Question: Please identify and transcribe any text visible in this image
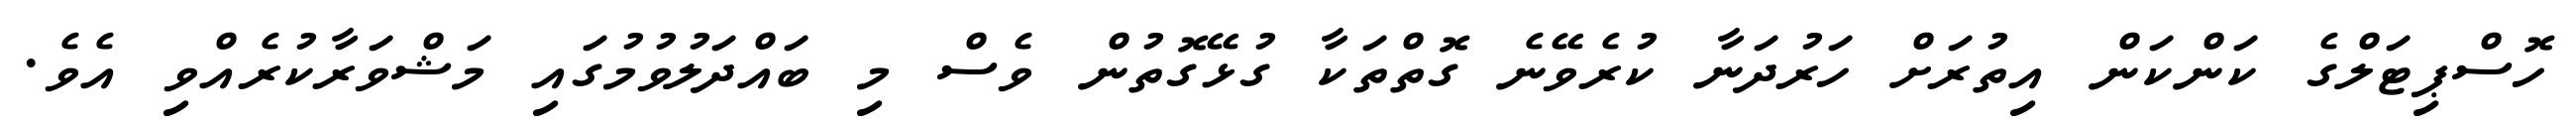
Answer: ހޮސްޕިޓަލްގެ ކަންކަން އިތުރަށް ހަރުދަނާ ކުރެވޭނެ ގޮތްތަކާ ގުޅޭގޮތުން ވެސް މި ބައްދަލުވުމުގައި މަޝްވަރާކުރެއްވި އެވެ.